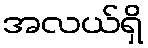
အလယ်ရှိ